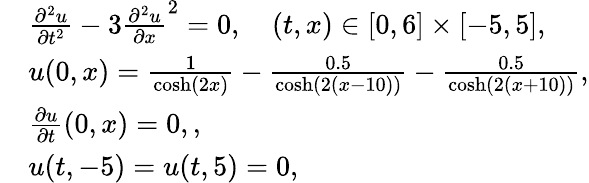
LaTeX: \begin{array}{rl}&{\frac{\partial^{2}u}{\partial t^{2}}-3\frac{\partial^{2}u}{\partial x}^{2}=0,\quad(t,x)\in[0,6]\times[-5,5],}\\ &{u(0,x)=\frac{1}{\cosh(2x)}-\frac{0.5}{\cosh(2(x-10))}-\frac{0.5}{\cosh(2(x+10))},}\\ &{\frac{\partial u}{\partial t}(0,x)=0,,}\\ &{u(t,-5)=u(t,5)=0,}\end{array}